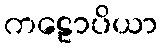
ကဠောပိယာ